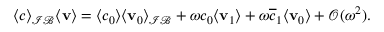
\begin{array} { r } { \langle c \rangle _ { \mathcal { I B } } \langle \mathbf { v } \rangle = \langle c _ { 0 } \rangle \langle \mathbf { v } _ { 0 } \rangle _ { \mathcal { I B } } + \omega c _ { 0 } \langle \mathbf { v } _ { 1 } \rangle + \omega \overline { c } _ { 1 } \langle \mathbf { v } _ { 0 } \rangle + \mathcal O ( \omega ^ { 2 } ) . } \end{array}